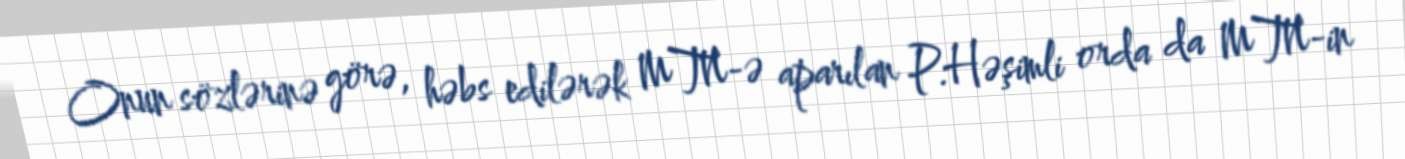
Onun sözlərinə görə, həbs edilərək MTN-ə aparılan P.Həşimli orda da MTN-in